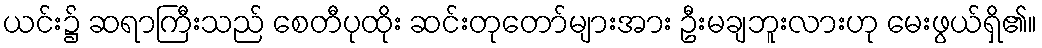
ယင်း၌ ဆရာကြီးသည် စေတီပုထိုး ဆင်းတုတော်များအား ဦးမချဘူးလားဟု မေးဖွယ်ရှိ၏။